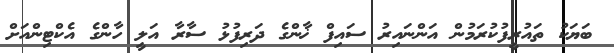
ބަޔަކު ތައުރީފުކުރަމުން އަންނައިރު ސައިފް ޚާންގެ ދަރިފުޅު ސާރާ އަލީ ހާންގެ އެކްޓިންއަށް